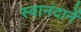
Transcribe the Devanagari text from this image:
स्वानंदानें